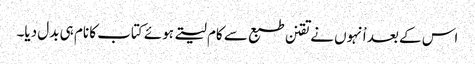
اس کے بعد اْنہوں نے تقنن طبع سے کام لیتے ہوئے کتاب کا نام ہی بدل دیا۔